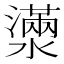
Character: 𤁞